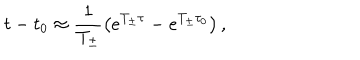
LaTeX: t - t _ { 0 } \approx \frac { 1 } { T _ { \pm } } \left( e ^ { T _ { \pm } \tau } - e ^ { T _ { \pm } \tau _ { 0 } } \right) ,